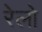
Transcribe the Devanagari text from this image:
रेलो